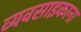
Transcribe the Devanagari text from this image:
व्यवसाइकाना